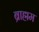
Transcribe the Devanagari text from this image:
ब्राह्मम